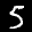
Label: 5